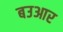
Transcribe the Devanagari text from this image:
बउआर